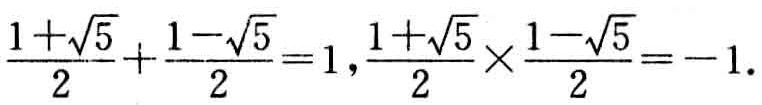
$\frac{1 + \sqrt{5}}{2}+\frac{1 - \sqrt{5}}{2}=1,\frac{1 + \sqrt{5}}{2}\times\frac{1 - \sqrt{5}}{2}=-1.$